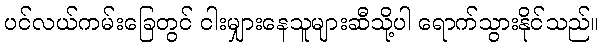
ပင်လယ်ကမ်းခြေတွင် ငါးမျှားနေသူများဆီသို့ပါ ရောက်သွားနိုင်သည်။